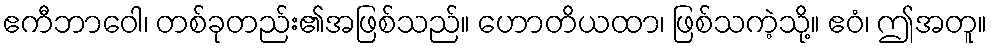
ဧကီဘာဝေါ၊ တစ်ခုတည်း၏အဖြစ်သည်။ ဟောတိယထာ၊ ဖြစ်သကဲ့သို့။ ဧဝံ၊ ဤအတူ။